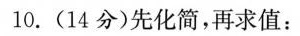
10.(14分)先化简，再求值：